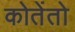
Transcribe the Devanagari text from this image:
कोतेंतो